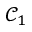
\mathcal { C } _ { 1 }